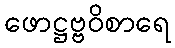
ဖောဋ္ဌဗ္ဗဝိစာရေ